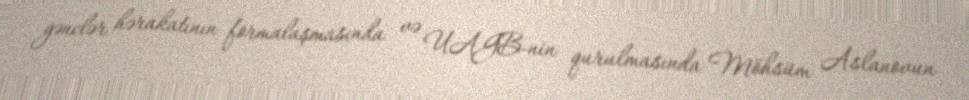
gənclər hərakatının formalaşmasında və UAGB-nin qurulmasında Möhsüm Aslanovun